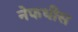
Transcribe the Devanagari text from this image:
नेफथीस